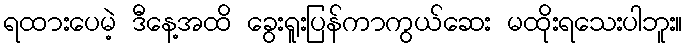
ရထားပေမဲ့ ဒီနေ့အထိ ခွေးရူးပြန်ကာကွယ်ဆေး မထိုးရသေးပါဘူး။